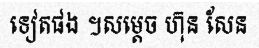
ទៀតផង ។សម្តេច ហ៊ុន សែន